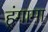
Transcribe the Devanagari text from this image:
ह्ंगामा